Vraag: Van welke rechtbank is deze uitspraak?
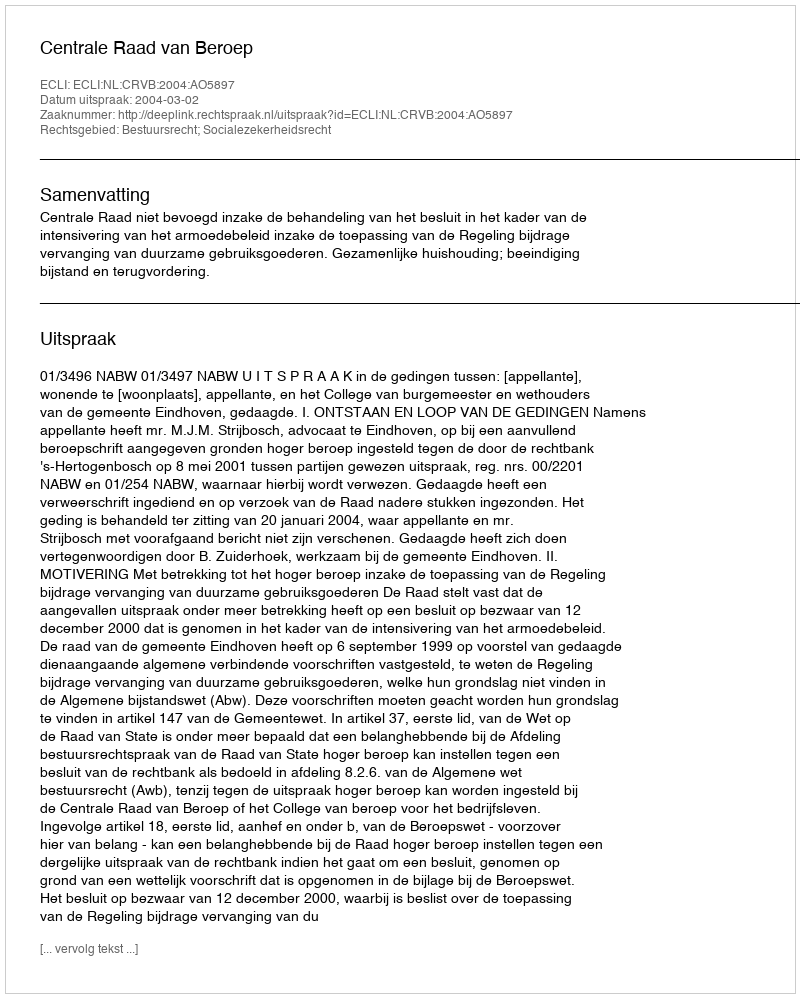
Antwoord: Centrale Raad van Beroep